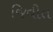
જિવીત